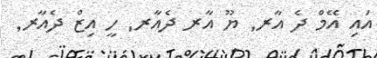
އައި އޭމް ދެ އާރ